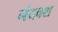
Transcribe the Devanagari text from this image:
नंदवश